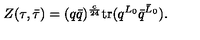
Z ( \tau , \bar { \tau } ) = ( q \bar { q } ) ^ { \frac { c } { 2 4 } } \mathrm { t r } ( q ^ { L _ { 0 } } \bar { q } ^ { \bar { L } _ { 0 } } ) .